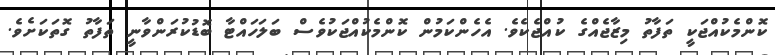
ކޮންމެކުއްޖަކީ ތަފާތު މިޒާޖެއްގެ ކުއްޖެކެވެ. އެހެންކަމުން ކޮންމެކުއްޖަކުވެސް ބަލަހައްޓާ ބޮޑުކުރަންވާނީ ތަފާތު ގޮތަކަށެވެ.